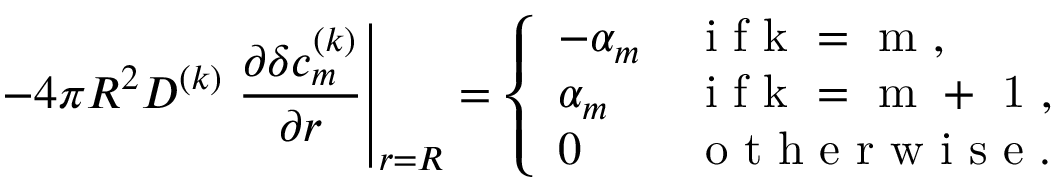
- 4 \pi R ^ { 2 } D ^ { ( k ) } \left. \frac { \partial \delta c _ { m } ^ { ( k ) } } { \partial r } \right| _ { r = R } = \left\{ \begin{array} { l l } { - \alpha _ { m } } & { \mathrm { ~ i ~ f ~ k ~ = ~ m ~ } , } \\ { \alpha _ { m } } & { \mathrm { ~ i ~ f ~ k ~ = ~ m ~ + ~ 1 ~ } , } \\ { 0 } & { \mathrm { ~ o ~ t ~ h ~ e ~ r ~ w ~ i ~ s ~ e ~ } . } \end{array} \right.